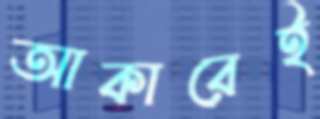
আকারেই